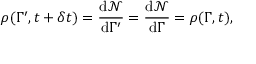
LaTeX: \rho ( \Gamma ^ { \prime } , t + \delta t ) = { \frac { \mathrm { d } { \mathcal { N } } } { \mathrm { d } \Gamma ^ { \prime } } } = { \frac { \mathrm { d } { \mathcal { N } } } { \mathrm { d } \Gamma } } = \rho ( \Gamma , t ) ,